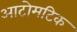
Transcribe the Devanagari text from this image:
आटोमटिक